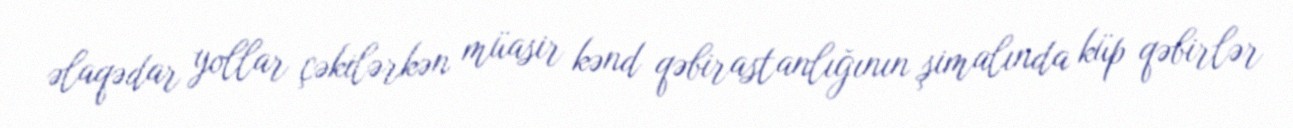
əlaqədar yollar çəkilərkən müasir kənd qəbirastanlığının şimalında küp qəbirlər